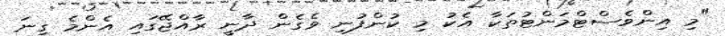
"މި އިންވެސްޓްމަންޓުތަކާ އެކު މި ކުންފުނި ވެގެން ދާނީ ރާއްޖޭގައި އެންމެ ގިނަ